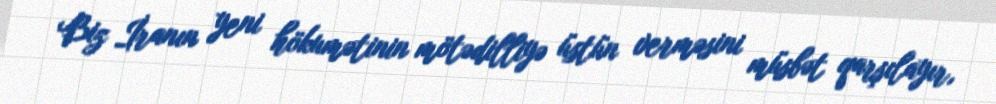
Biz İranın yeni hökumətinin mötədilliyə üstün verməsini müsbət qarşılayır,